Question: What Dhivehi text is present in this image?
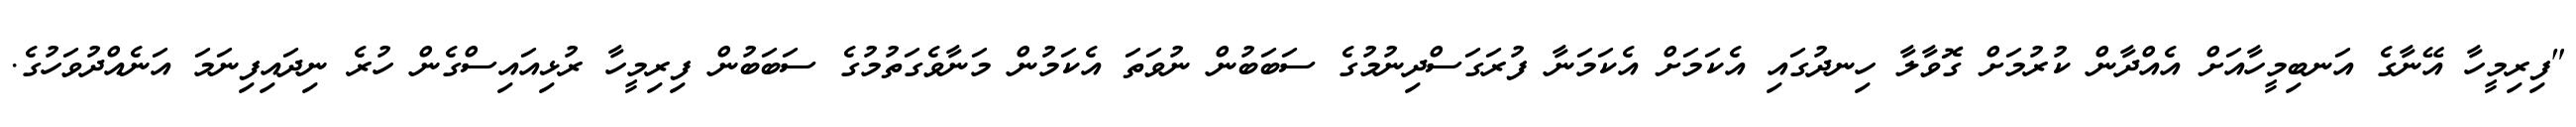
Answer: "ފިރިމީހާ އޭނާގެ އަނބިމީހާއަށް އެއްދާން ކުރުމަށް ގޮވާލާ ހިނދުގައި އެކަމަށް އެކަމަނާ ފުރަގަސްދިނުމުގެ ސަބަބުން ނުވަތަ އެކަމުން މަނާވެގަތުމުގެ ސަބަބުން ފިރިމީހާ ރުޅިއައިސްގެން ހުރެ ނިދައިފިނަމަ އަނެއްދުވަހުގެ.